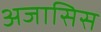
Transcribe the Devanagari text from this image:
अजासिस